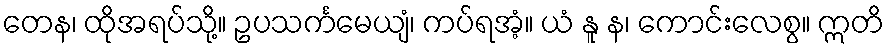
တေန၊ ထိုအရပ်သို့။ ဥပသင်္ကမေယျံ၊ ကပ်ရအံ့။ ယံ နူ န၊ ကောင်းလေစွ။ ဣတိ